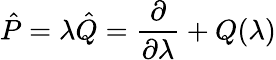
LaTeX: \hat{P}=\lambda\hat{Q}={\frac{\partial}{\partial\lambda}}+Q(\lambda)